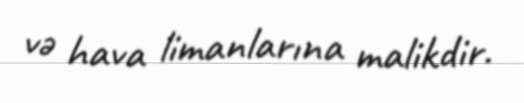
və hava limanlarına malikdir.